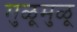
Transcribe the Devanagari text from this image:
मुळूमुळू